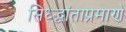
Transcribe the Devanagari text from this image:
सिध्द्धांताप्रमाणे